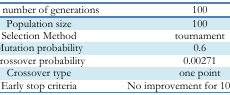
<table><thead><tr><td><b>Max. number of generations</b></td><td><b>100</b></td></tr></thead><tbody><tr><td>Population size</td><td>100</td></tr><tr><td>Selection Method</td><td>tournament</td></tr><tr><td>Mutation probability</td><td>0.6</td></tr><tr><td>Crossover probability</td><td>0.00271</td></tr><tr><td>Crossover type</td><td>one point</td></tr><tr><td>Early stop criteria</td><td>No improvement for 10 iterations</td></tr></tbody></table>